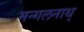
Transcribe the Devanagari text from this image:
मन्गलनाथ्